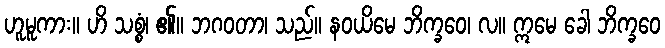
ဟူမူကား။ ဟိ သစ္စံ၊ ၏။ ဘဂဝတာ၊ သည်။ နဝယိမေ ဘိက္ခဝေ၊ လ။ ဣမေ ခေါ ဘိက္ခဝေ